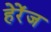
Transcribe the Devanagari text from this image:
हेरेंज